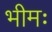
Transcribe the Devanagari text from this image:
भीमः